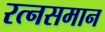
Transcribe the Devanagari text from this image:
रत्‍नसमान